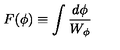
F ( \phi ) \equiv \int { \frac { d \phi } { W _ { \phi } } }